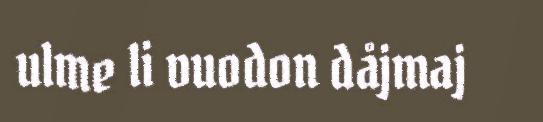
ulme li vuodon dåjmaj